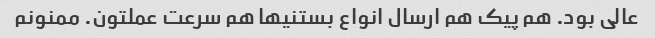
عالی بود. هم پیک هم ارسال انواع بستنیها هم سرعت عملتون. ممنونم